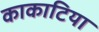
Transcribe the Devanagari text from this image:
काकाटिया